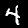
Label: 4